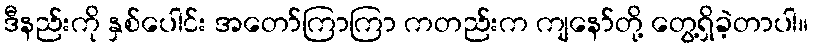
ဒီနည်းကို နှစ်ပေါင်း အတော်ကြာကြာ ကတည်းက ကျနော်တို့ တွေ့ရှိခဲ့တာပါ။